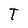
Character: T